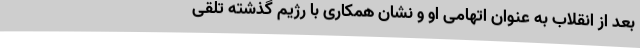
بعد از انقلاب به عنوان اتهامی او و نشان همکاری با رژیم گذشته تلقی